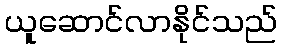
ယူဆောင်လာနိုင်သည်